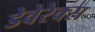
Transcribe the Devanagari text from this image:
डेवेरेक्स